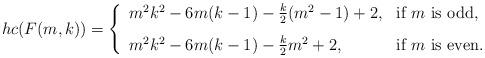
LaTeX: \begin{align*} hc(F(m,k)) = \left\{\begin{array}{ll}m^{2}k^{2}-6m(k-1)-\frac{k}{2}(m^{2}-1)+2, & \mbox{if $m$ is odd}, \\ [0.3cm]m^{2}k^{2}-6m(k-1)-\frac{k}{2}m^{2}+2, & \mbox{if $m$ is even.}\end{array}\right.\end{align*}